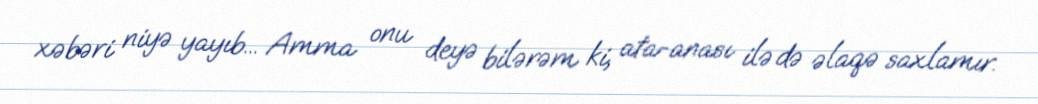
xəbəri niyə yayıb... Amma onu deyə bilərəm ki, ata-anası ilə də əlaqə saxlamır.